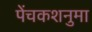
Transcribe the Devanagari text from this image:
पेंचकशनुमा